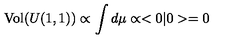
\mathrm { V o l } ( U ( 1 , 1 ) ) \propto \int d \mu \propto < 0 | 0 > = 0